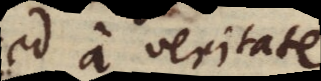
sed a veritate